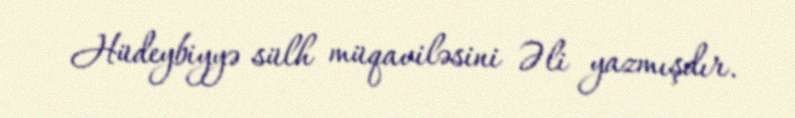
Hüdeybiyyə sülh müqaviləsini Əli yazmışdır.